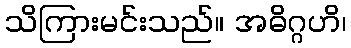
သိကြားမင်းသည်။ အဓိဂ္ဂဟိ၊